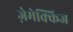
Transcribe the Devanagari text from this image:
ज़ेमेक्किज